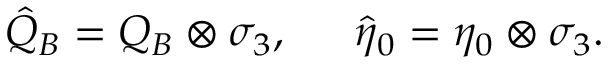
{ \hat { Q } } _ { B } = Q _ { B } \otimes \sigma _ { 3 } , \, \, \, \, \, \, \, \, \, { \hat { \eta } } _ { 0 } = \eta _ { 0 } \otimes \sigma _ { 3 } .